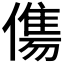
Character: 𬿶